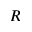
R